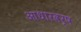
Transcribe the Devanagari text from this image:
आधारवर्ष